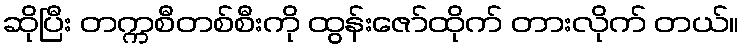
ဆိုပြီး တက္ကစီတစ်စီးကို ထွန်းဇော်ထိုက် တားလိုက် တယ်။